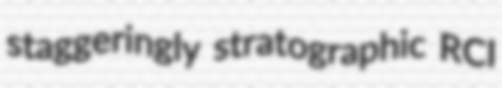
staggeringly stratographic RCI